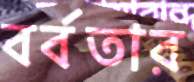
বর্বতার